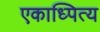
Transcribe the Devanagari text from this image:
एकाध्पित्य